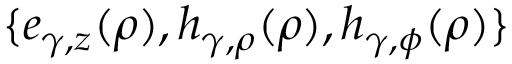
\{ e _ { \gamma , z } ( \rho ) , h _ { \gamma , \rho } ( \rho ) , h _ { \gamma , \phi } ( \rho ) \}